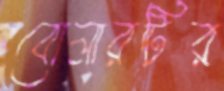
বোলারটির